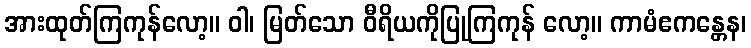
အားထုတ်ကြကုန်လော့။ ဝါ၊ မြတ်သော ဝီရိယကိုပြုကြကုန် လော့။ ကာမံဧကန္တေန၊